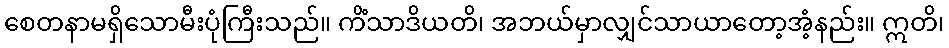
စေတနာမရှိသောမီးပုံကြီးသည်။ ကိံသာဒိယတိ၊ အဘယ်မှာလျှင်သာယာတော့အံ့နည်း။ ဣတိ၊